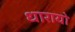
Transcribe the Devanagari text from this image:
धारायो